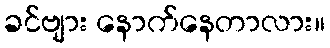
ခင်ဗျား နောက်နေတာလား။